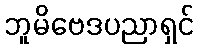
ဘူမိဗေဒပညာရှင်